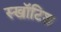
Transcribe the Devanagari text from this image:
स्खॉटिश